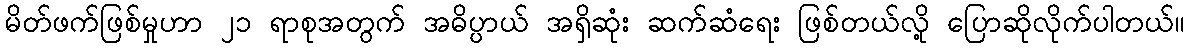
မိတ်ဖက်ဖြစ်မှုဟာ ၂၁ ရာစုအတွက် အဓိပ္ပာယ် အရှိဆုံး ဆက်ဆံရေး ဖြစ်တယ်လို့ ပြောဆိုလိုက်ပါတယ်။